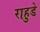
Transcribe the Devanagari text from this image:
राहुडे